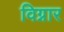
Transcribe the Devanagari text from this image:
विग्नार